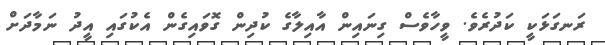
ރަނގަޅަކީ ކަދުރެވެ. ވީހާވެސް ގިނައިން އާއިލާގެ ކުދިން ގޮވައިގެން އެކުގައި އީދު ނަމާދަށް